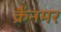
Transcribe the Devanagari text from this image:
क्रैंनमर